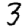
Digit: 3